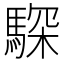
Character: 𩤞